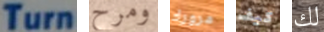
Turn ومرح مرورك كيف لك